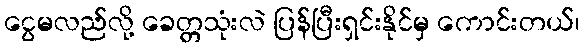
ငွေမလည်လို့ ခေတ္တသုံးလဲ ပြန်ပြီးရှင်းနိုင်မှ ကောင်းတယ်၊